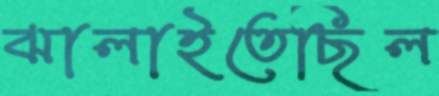
ঝালাইতেছিল